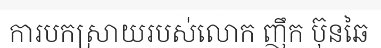
ការបកស្រាយរបស់លោក ញឹក ប៊ុនឆៃ